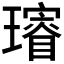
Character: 𤪓